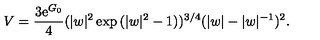
V = \frac { 3 \mathrm { e } ^ { G _ { 0 } } } { 4 } ( | w | ^ { 2 } \exp { ( | w | ^ { 2 } - 1 ) } ) ^ { 3 / 4 } ( | w | - | w | ^ { - 1 } ) ^ { 2 } .